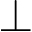
\bot